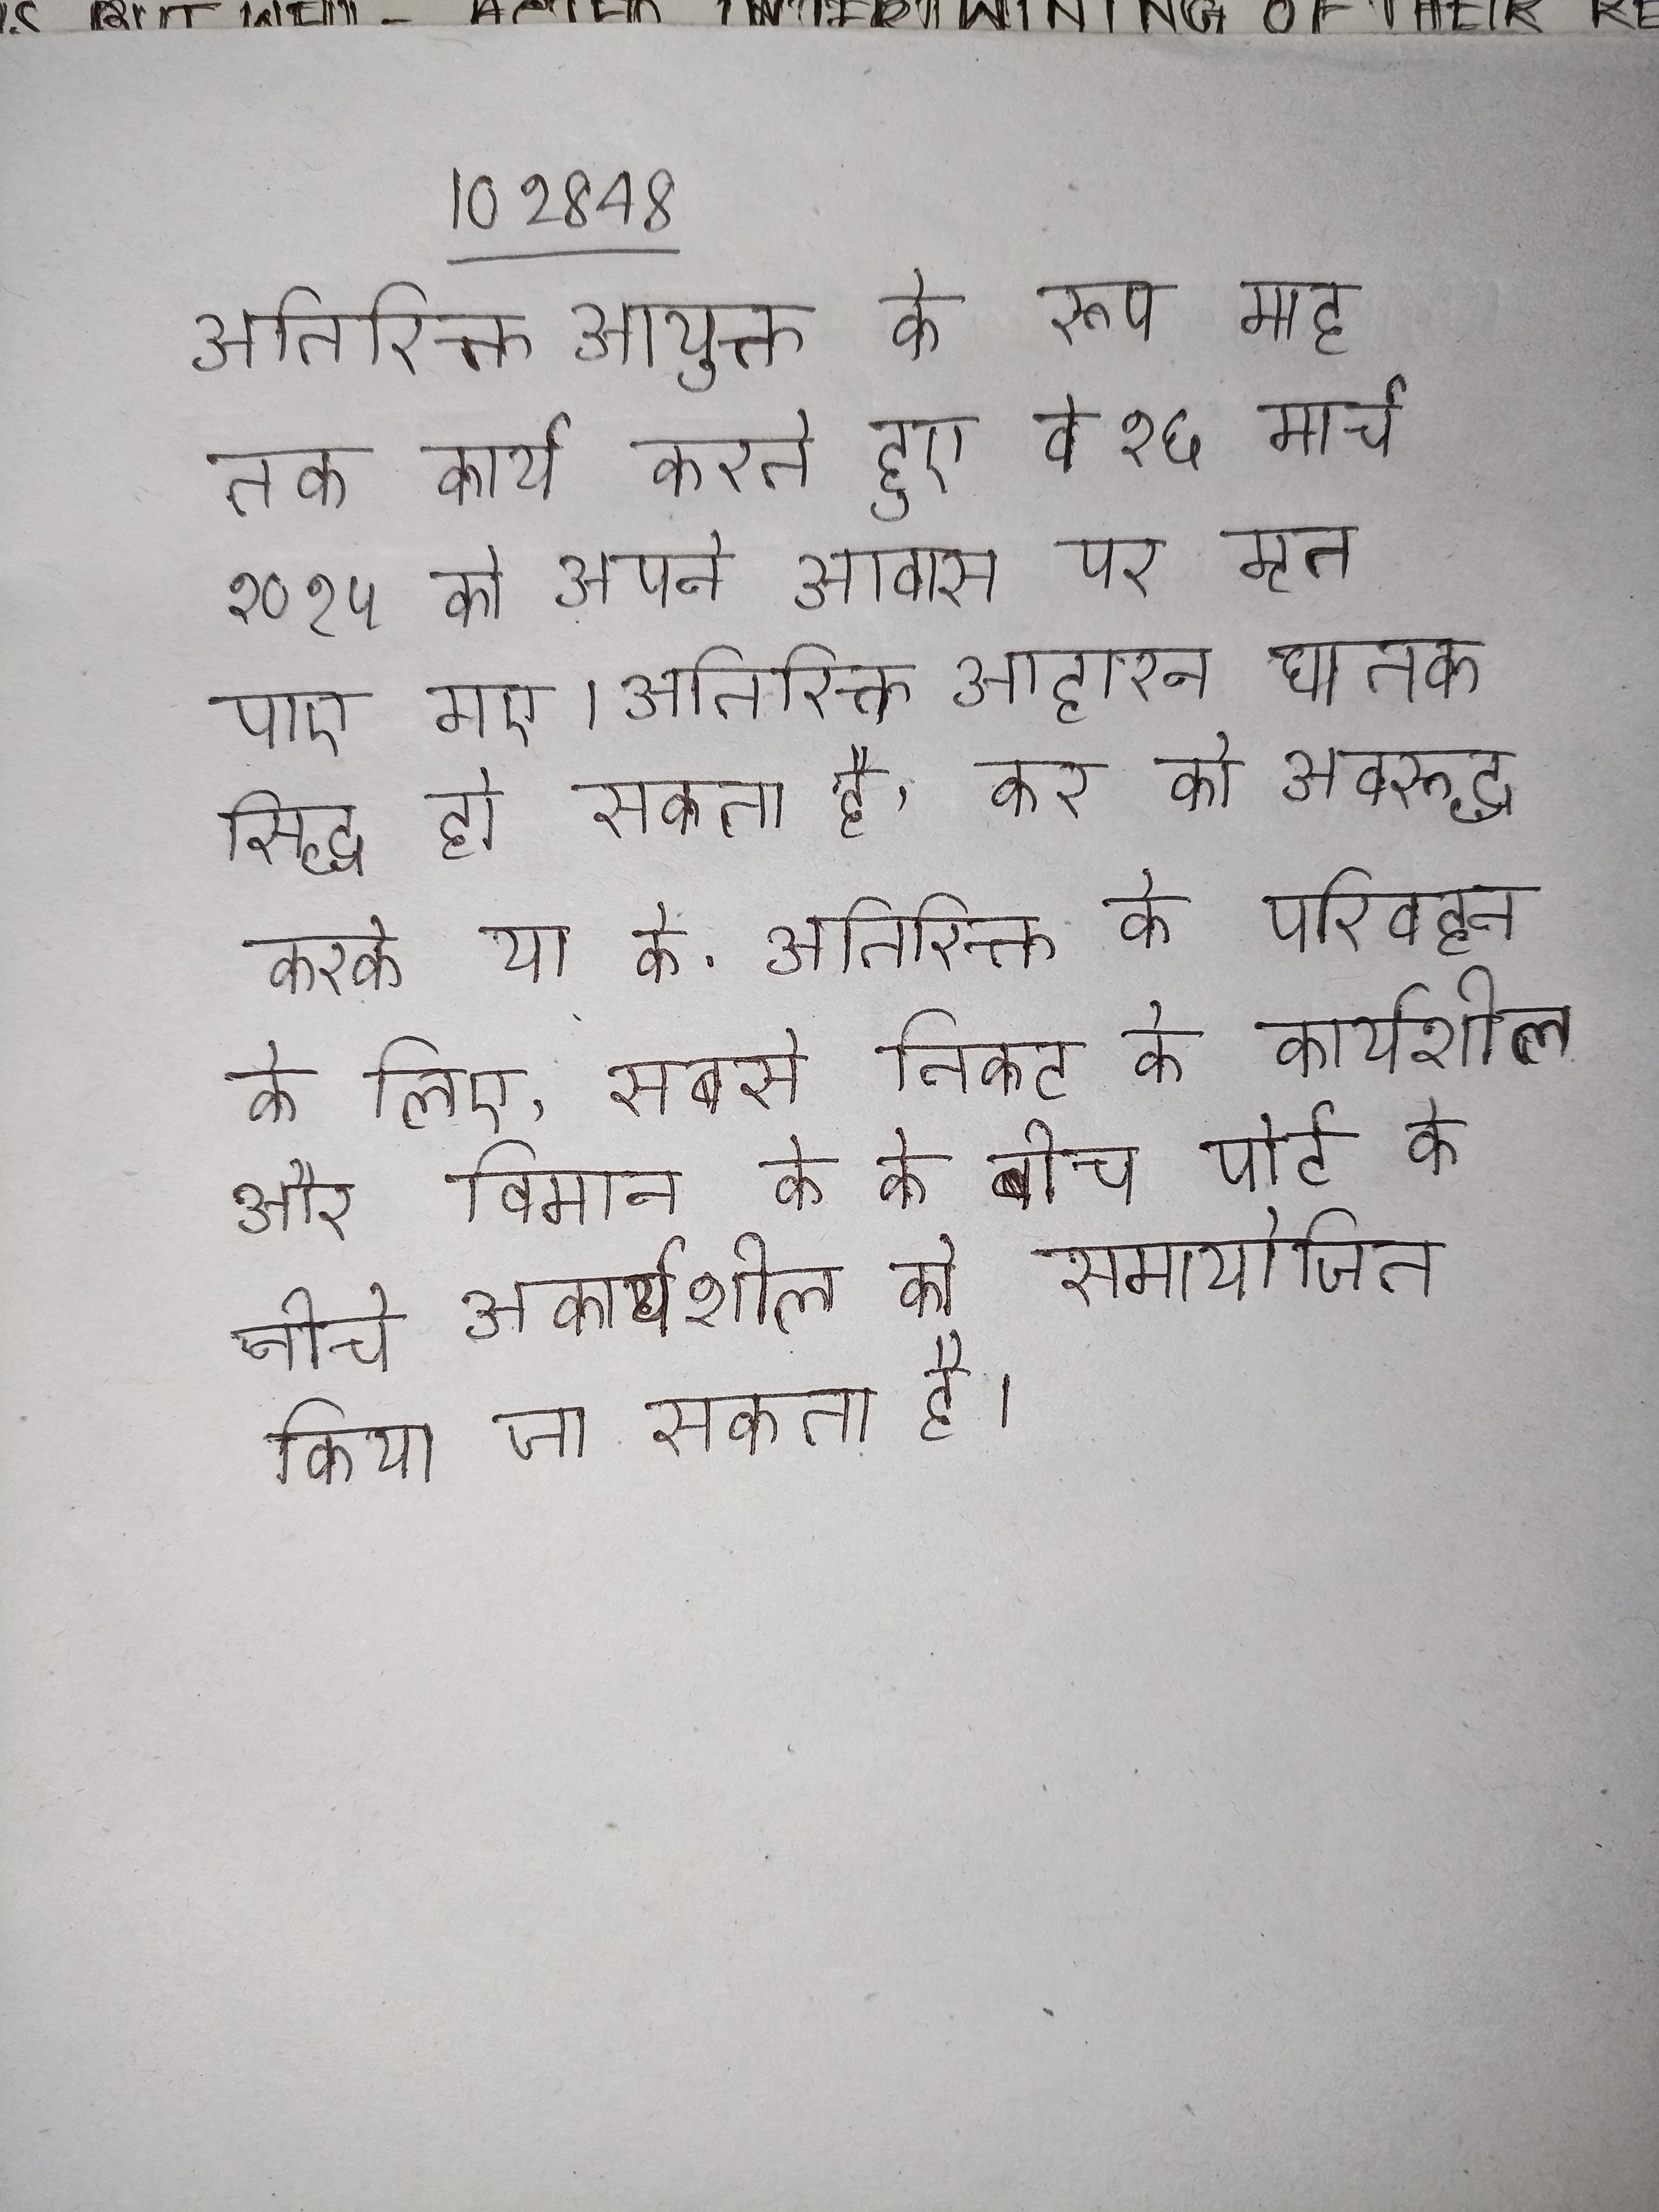
अतिरिक्त आयुक्त के रूप माह तक कार्य करते हुए वे १६ मार्च २०१५ को अपने आवास पर मृत पाए गए । अतिरिक्त आहारन घातक सिद्ध हो सकता है, कर को अवरुद्ध करके या के . अतिरिक्त के परिवहन के लिए, सबसे निकट के कार्यशील और विमान के के बीच पोर्ट के नीचे अकार्यशील को समायोजित किया जा सकता है ।